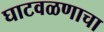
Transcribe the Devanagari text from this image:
घाटवळणाचा